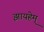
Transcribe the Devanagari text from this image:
झायहेम्